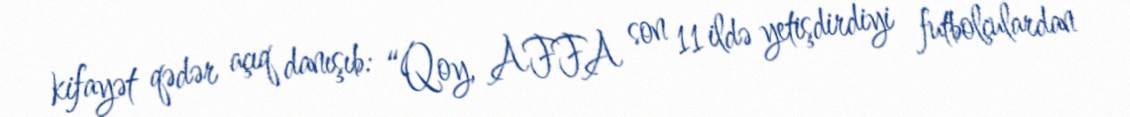
kifayət qədər açıq danışıb: “Qoy, AFFA son 11 ildə yetişdirdiyi futbolçulardan